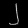
Digit: ၂